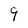
Character: 9